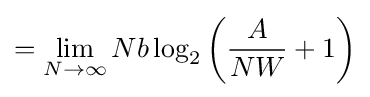
=\lim _{N\to \infty }Nb\log _{2}\left({\frac {A}{NW}}+1\right)